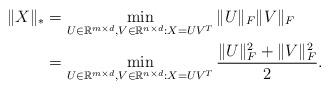
LaTeX: \begin{align*}\|X\|_{*}&=\min_{U\in\mathbb{R}^{m\times d},V\in\mathbb{R}^{n\times d}:X=UV^{T}}\|U\|_{F}\|V\|_{F}\\&=\min_{U\in\mathbb{R}^{m\times d},V\in\mathbb{R}^{n\times d}:X=UV^{T}}\frac{\|U\|^{2}_{F}+\|V\|^{2}_{F}}{2}.\end{align*}